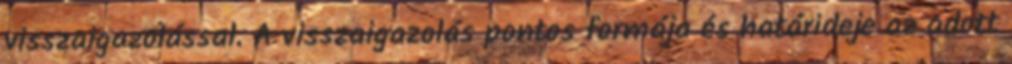
visszaigazolással. A visszaigazolás pontos formája és határideje az adott